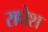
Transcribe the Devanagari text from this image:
राघेश